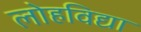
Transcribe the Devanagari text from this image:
लोहविद्या